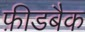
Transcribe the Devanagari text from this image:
फ़ीडबैक